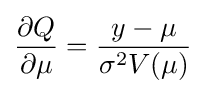
{\frac {\partial Q}{\partial \mu }}={\frac {y-\mu }{\sigma ^{2}V(\mu )}}